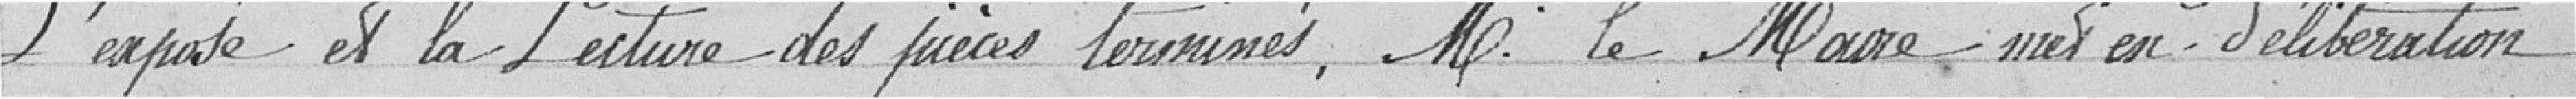
L'exposé et la Lecture des pièces terminés, Mr. le Maire met en délibération